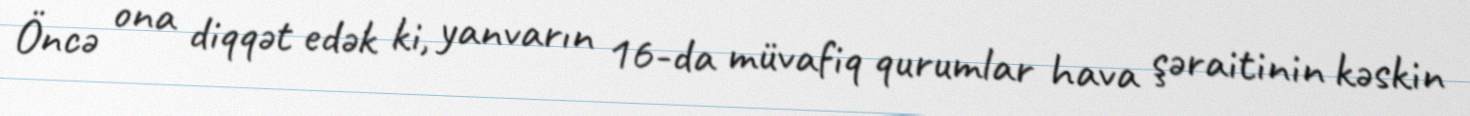
Öncə ona diqqət edək ki, yanvarın 16-da müvafiq qurumlar hava şəraitinin kəskin